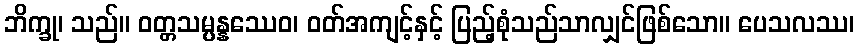
ဘိက္ခု၊ သည်။ ဝတ္တသမ္ပန္နဿေဝ၊ ဝတ်အကျင့်နှင့် ပြည့်စုံသည်သာလျှင်ဖြစ်သော။ ပေသလဿ၊